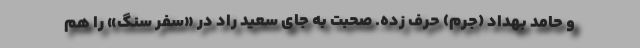
و حامد بهداد (جرم) حرف زده. صحبت به جای سعید راد در «سفر سنگ» را هم